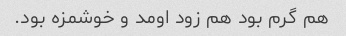
هم گرم بود هم زود اومد و خوشمزه بود.